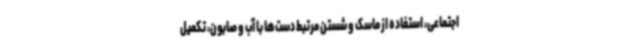
اجتماعی، استفاده از ماسک و شستن مرتبط دست‌ها با آب و صابون، تکمیل